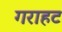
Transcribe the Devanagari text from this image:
गराहट